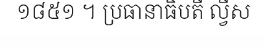
១៨៥១ ។ ប្រធានាធិបតី ល្វីស